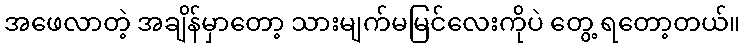
အဖေလာတဲ့ အချိန်မှာတော့ သားမျက်မမြင်လေးကိုပဲ တွေ့ ရတော့တယ်။